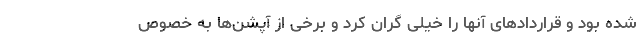
شده بود و قراردادهای آنها را خیلی گران کرد و برخی از آپشن‌ها به خصوص